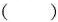
（ ）